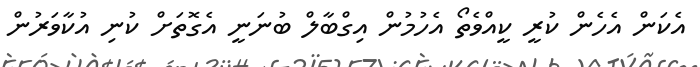
އެކަން އެހެން ކުރީ ކީއްވެތޯ އެހުމުން އިގްބާލް ބުނަނީ އެގޮތަށް ކުނި އުކާވަރުން